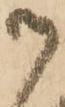
御